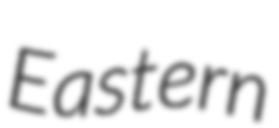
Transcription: Eastern